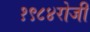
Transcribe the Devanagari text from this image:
१९८४रोजी